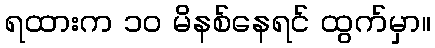
ရထားက ၁၀ မိနစ်နေရင် ထွက်မှာ။